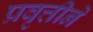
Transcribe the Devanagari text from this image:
प्रवृत्तीने